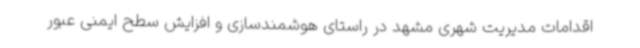
اقدامات مدیریت شهری مشهد در راستای هوشمندسازی و افزایش سطح ایمنی عبور